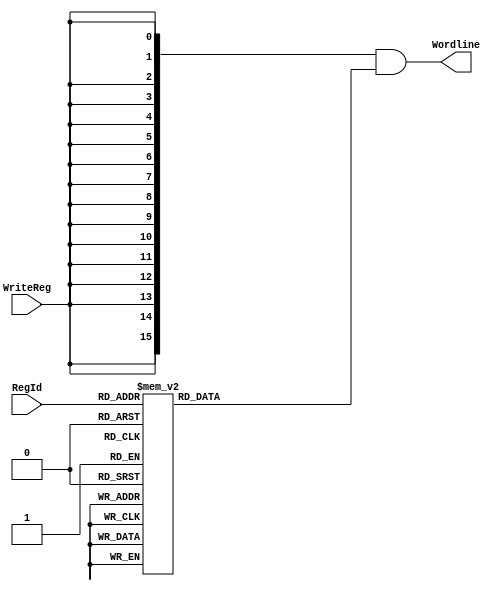
module WriteDecoder_4_16( input [3:0] RegId, input WriteReg, output [15:0] Wordline );

  reg [15:0]    Wordlinereg;
  assign        Wordline    = {16{WriteReg}} & Wordlinereg;

  always @(RegId)
  begin
    case (RegId)
      4'b0000 : Wordlinereg =  16'b0000000000000001;
      4'b0001 : Wordlinereg =  16'b0000000000000010;
      4'b0010 : Wordlinereg =  16'b0000000000000100;
      4'b0011 : Wordlinereg =  16'b0000000000001000;
      4'b0100 : Wordlinereg =  16'b0000000000010000;
      4'b0101 : Wordlinereg =  16'b0000000000100000;
      4'b0110 : Wordlinereg =  16'b0000000001000000;
      4'b0111 : Wordlinereg =  16'b0000000010000000;
      4'b1000 : Wordlinereg =  16'b0000000100000000;
      4'b1001 : Wordlinereg =  16'b0000001000000000;
      4'b1010 : Wordlinereg =  16'b0000010000000000;
      4'b1011 : Wordlinereg =  16'b0000100000000000;
      4'b1100 : Wordlinereg =  16'b0001000000000000;
      4'b1101 : Wordlinereg =  16'b0010000000000000;
      4'b1110 : Wordlinereg =  16'b0100000000000000;
      4'b1111 : Wordlinereg =  16'b1000000000000000;
      default : Wordlinereg =  16'b0000000000000000;
    endcase
  end

endmodule